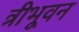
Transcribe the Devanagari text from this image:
त्रीभूवन